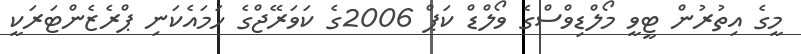
މީގެ އިތުރުން ޓީވީ މޯލްޑިވްސްގެ ވޯލްޑް ކަޕް 2006ގެ ކަވަރޭޖްގެ ހަމައެކަނި ޕްރެޒެންޓަރަކީ